Civil Veterinary Dept. Assam report 1927-50 - 1927-1950
Year: 1927
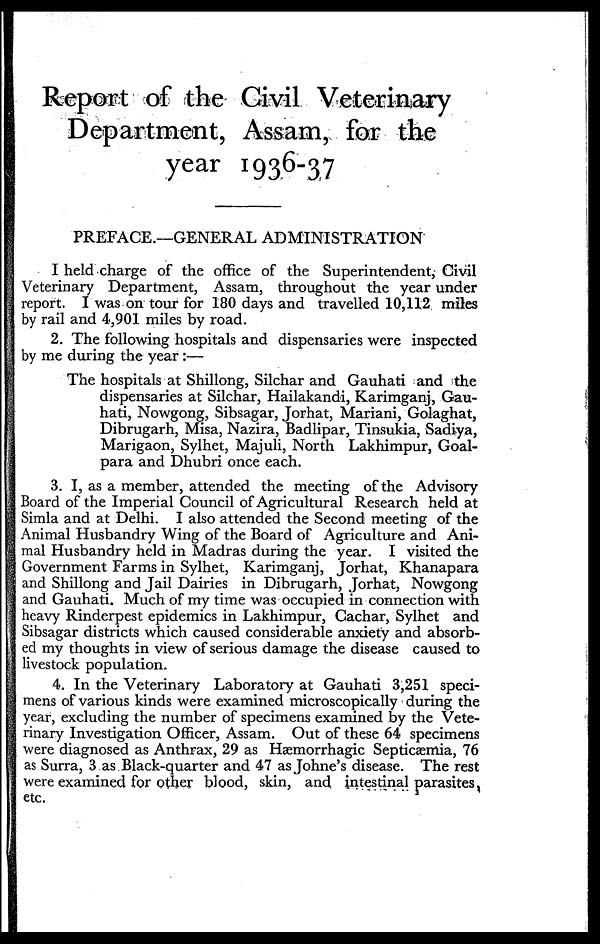
Report of the Civil Veterinary
Department, Assam, for the
year 1936-37
PREFACE.—GENERAL ADMINISTRATION
I held charge of the office of the Superintendent, Civil
Veterinary Department, Assam, throughout the year under
report. I was on tour for 180 days and travelled 10,112 miles
by rail and 4,901 miles by road.
2. The following hospitals and dispensaries were inspected
by me during the year :—
The hospitals at Shillong, Silchar and Gauhati and the
dispensaries at Silchar, Hailakandi, Karimganj, Gau-
hati, Nowgong, Sibsagar, Jorhat, Mariani, Golaghat,
Dibrugarh, Misa, Nazira, Badlipar, Tinsukia, Sadiya,
Marigaon, Sylhet, Majuli, North Lakhimpur, Goal-
para and Dhubri once each.
3. I, as a member, attended the meeting of the Advisory
Board of the Imperial Council of Agricultural Research held at
Simla and at Delhi. I also attended the Second meeting of the
Animal Husbandry Wing of the Board of Agriculture and Ani-
mal Husbandry held in Madras during the year. I visited the
Government Farms in Sylhet, Karimganj, Jorhat, Khanapara
and Shillong and Jail Dairies in Dibrugarh, Jorhat, Nowgong
and Gauhati. Much of my time was occupied in connection with
heavy Rinderpest epidemics in Lakhimpur, Cachar, Sylhet and
Sibsagar districts which caused considerable anxiety and absorb-
ed my thoughts in view of serious damage the disease caused to
livestock population.
4. In the Veterinary Laboratory at Gauhati 3,251 speci-
mens of various kinds were examined microscopically during the
year, excluding the number of specimens examined by the Vete-
rinary Investigation Officer, Assam. Out of these 64 specimens
were diagnosed as Anthrax, 29 as Hæmorrhagic Septicæmia, 76
as Surra, 3 as Black-quarter and 47 as Johne's disease. The rest
were examined for other blood, skin, and intestinal parasites,
etc.